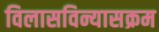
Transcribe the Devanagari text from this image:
विलासविन्यासक्रम